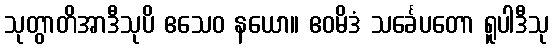
သုတွာတိအာဒီသုပိ ဧသေဝ နယော။ ဧဝမိဒံ သင်္ခေပတော ရူပါဒီသု